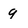
Character: g